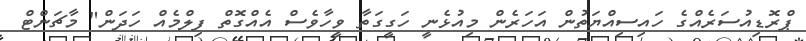
ޕްރޮޑިއުސަރެއްގެ ހައިސިއްޔަތުން އަހަރެން މިއުޅެނީ ހަގީގަތާ ވީހާވެސް އެއްގޮތް ފިލްމެއް ހަދަން" މާޗަންޓް